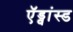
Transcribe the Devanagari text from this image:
ऍड्वांस्ड